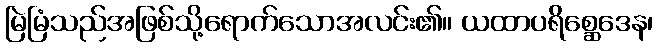
မြဲမြံသည်အဖြစ်သို့ရောက်သောအလင်း၏။ ယထာပရိစ္ဆေဒေန၊